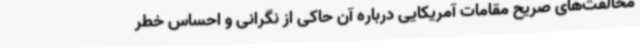
مخالفت‌های صریح مقامات آمریکایی درباره آن حاکی از نگرانی و احساس خطر